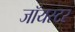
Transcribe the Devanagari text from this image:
जॉयस्टर